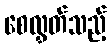
စေလွှတ်သည့်